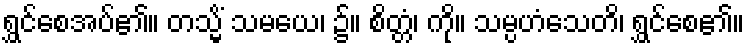
ရွှင်စေအပ်၏။ တသ္မိံ သမယေ၊ ၌။ စိတ္တံ၊ ကို။ သမ္ပဟံသေတိ၊ ရွှင်စေ၏။